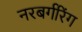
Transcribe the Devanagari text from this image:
नरबर्गरिंग